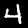
Digit: 4